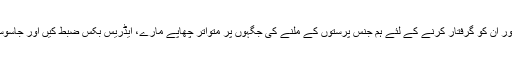
پولیس نے ہم جنس پرستوں کی شناخت اور ان کو گرفتار کرنے کے لئے ہم جنس پرستوں کے ملنے کی جگہوں پر متواتر چھاپے مارے، ایڈریس بکس ضبط کیں اور جاسوسوں اور خفیہ ایجنٹوں کا نیٹ ورک بنایا۔